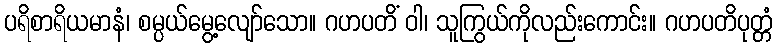
ပရိစာရိယမာနံ၊ စမ္ပယ်မွေ့လျော်သော။ ဂဟပတိံ ဝါ၊ သူကြွယ်ကိုလည်းကောင်း။ ဂဟပတိပုတ္တံ